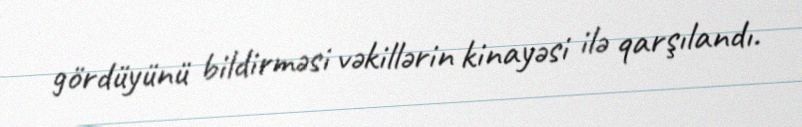
gördüyünü bildirməsi vəkillərin kinayəsi ilə qarşılandı.